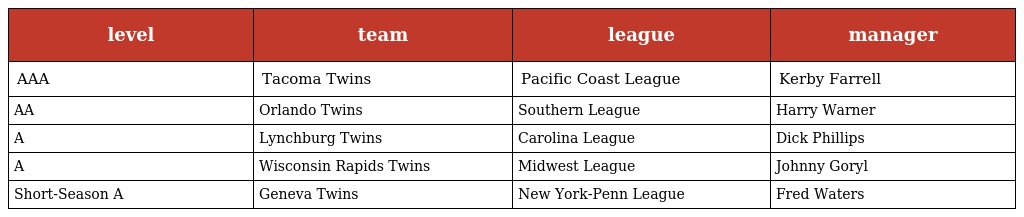
| level | team | league | manager |
 | --- | --- | --- | --- |
 | AAA | Tacoma Twins | Pacific Coast League | Kerby Farrell |
 | AA | Orlando Twins | Southern League | Harry Warner |
 | A | Lynchburg Twins | Carolina League | Dick Phillips |
 | A | Wisconsin Rapids Twins | Midwest League | Johnny Goryl |
 | Short-Season A | Geneva Twins | New York-Penn League | Fred Waters |